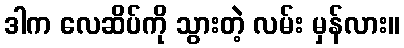
ဒါက လေဆိပ်ကို သွားတဲ့ လမ်း မှန်လား။